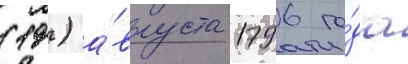
(19) а́вгуста 1796 го́да